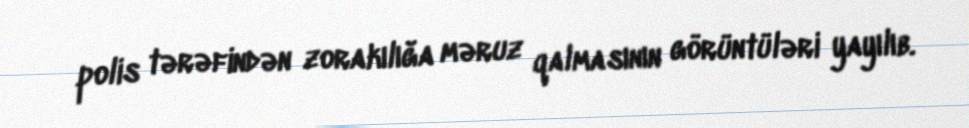
polis tərəfindən zorakılığa məruz qalmasının görüntüləri yayılıb.